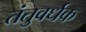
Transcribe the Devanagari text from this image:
तंतुवर्धक